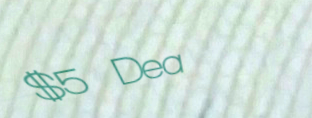
$5 Deal